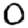
Digit: 0